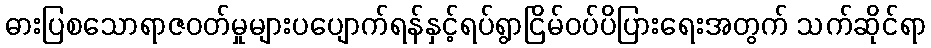
ဓားပြစသောရာဇဝတ်မှုများပပျောက်ရန်နှင့်ရပ်ရွာငြိမ်ဝပ်ပိပြားရေးအတွက် သက်ဆိုင်ရာ